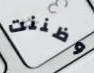
وظننت